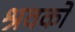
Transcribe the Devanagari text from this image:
श्रवकों